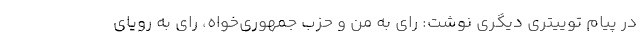
در پیام توییتری دیگری نوشت: رای به من و حزب جمهوری‌خواه، رای به رویای